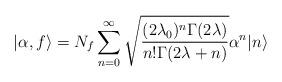
LaTeX: \begin{align*}\vert \alpha,f\rangle = N_f \sum_{n=0}^{\infty}\sqrt{\frac{(2\lambda_0)^{n} \Gamma(2\lambda)}{n!\Gamma(2\lambda + n)}} \alpha^n\vert n \rangle\end{align*}